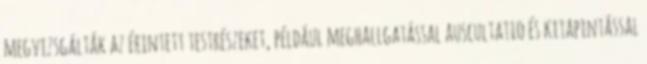
megvizsgálták az érintett testrészeket, például meghallgatással auscultatio és kitapintással